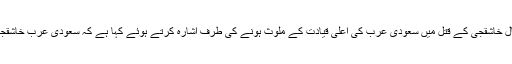
مہر خبررساں ایجنسی نے واشنگٹن پوسٹ کے حوالے سے نقل کیا ہے کہ ترک صدر طیب اردوغان نے جمال خاشقجی کے قتل میں سعودی عرب کی اعلی قیادت کے ملوث ہونے کی طرف اشارہ کرتے ہوئے کہا ہے کہ سعودی عرب خاشقجی کے قتل میں 18 سعودی اہلکاروں کو ترکی کے حوالے کرے تاکہ خاشقجی کی لاش کا پتہ لگایا جاسکے۔